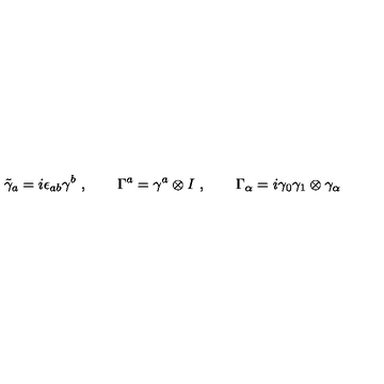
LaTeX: \tilde { \gamma } _ { a } = i \epsilon _ { a b } \gamma ^ { b } \ , \qquad \Gamma ^ { a } = \gamma ^ { a } \otimes I \ , \qquad \Gamma _ { \alpha } = i \gamma _ { 0 } \gamma _ { 1 } \otimes \gamma _ { \alpha } \,